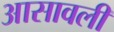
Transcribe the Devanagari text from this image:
आसावली